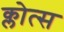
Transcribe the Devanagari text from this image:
क्लोत्स